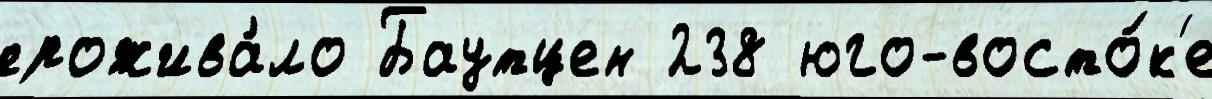
прожива́ло Баутцен 238 юго-восто́к'е